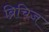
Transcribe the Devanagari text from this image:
ब्रिचिज